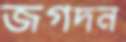
জগদন